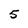
Character: 5